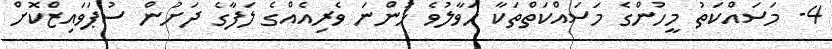
4- މަސައްކަތު މީހުންގެ މަސައްކަތްތަކާ ހަވާލުވެ ހުންނަ ވެރިއެއްގެ ލަފާގެ ދަށުން ސުޕަވައިޒްކޮށް